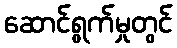
ဆောင်ရွက်မှုတွင်